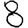
Digit: 8